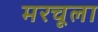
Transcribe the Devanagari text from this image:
मरचूला